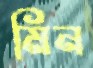
মিন